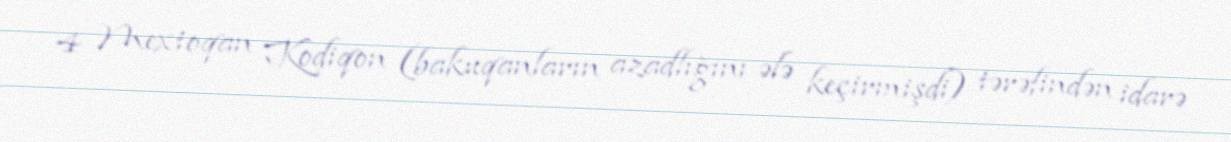
4 Mextoqan Kodiqon (bakuqanların azadlığını ələ keçirmişdi) tərəfindən idarə